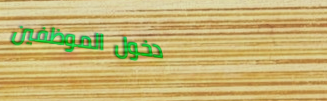
دخول الموظفين